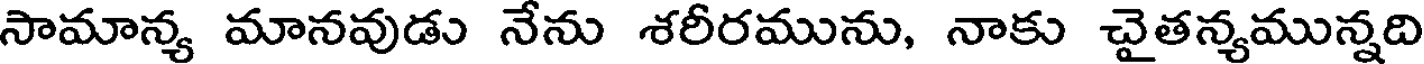
సామాన్య మానవుడు నేను శరీరమును, నాకు చైతన్యమున్నది